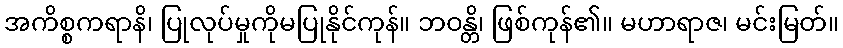
အကိစ္စကရာနိ၊ ပြုလုပ်မှုကိုမပြုနိုင်ကုန်။ ဘဝန္တိ၊ ဖြစ်ကုန်၏။ မဟာရာဇ၊ မင်းမြတ်။